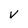
Character: V